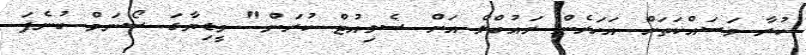
ކުރާ މަސައްކަތަށް އަހަރެން ރައުބްލް އަށް ސެލިއުޓް ކުރަން" މީޑިޔާގަ ސޯނަމް ބުނެފަ